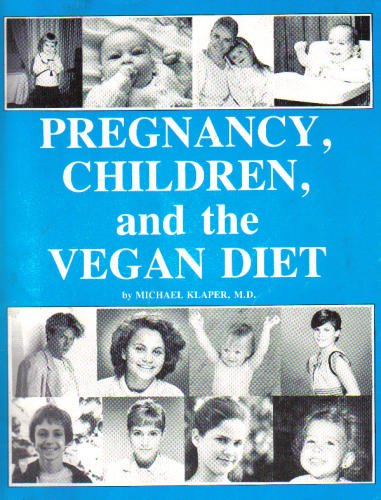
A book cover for Pregnancy, Children, and the Vegan Diet; Michael Klaper; Health, Fitness & Dieting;